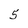
Character: 5